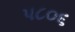
પ૮૦૬